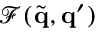
\mathcal { F } ( \widetilde { \mathbf { q } } , \mathbf { q } ^ { \prime } )